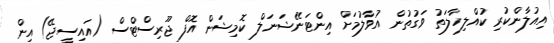
އިއުލާންކުރި ކުއްލިހާލަތު ވަގުތުން އުވާލުމަށް އިންޓަނޭޝަނަލް ކޮމިޝަން އޮފް ޖޫރިސްޓްސް (އައިސީޖޭ) އިން